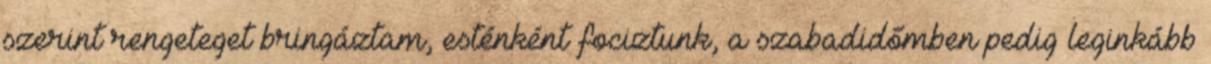
szerint rengeteget bringáztam, esténként fociztunk, a szabadidőmben pedig leginkább